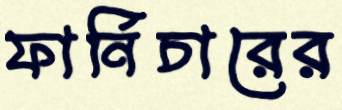
ফার্নিচারের